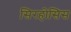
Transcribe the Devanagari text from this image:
सिरहोसिस